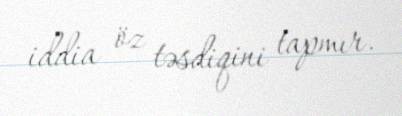
iddia öz təsdiqini tapmır.